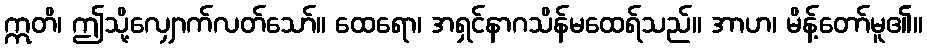
ဣတိ၊ ဤသို့လျှောက်လတ်သော်။ ထေရော၊ အရှင်နာဂသိန်မထေရ်သည်။ အာဟ၊ မိန့်တော်မူ၏။